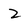
Character: 2